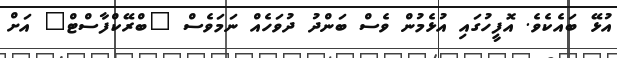
އުޅޭ ބައެކެވެ. އޮފީހުގައި އުޅެމުން ވެސް ބަންދު ދުވަހެއް ނަމަވެސް "ބްރޭކްފާސްޓް" އަށް